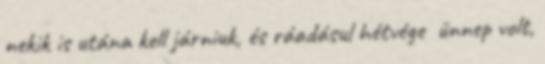
nekik is utána kell járniuk, és ráadásul hétvége ünnep volt,